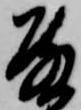
殿